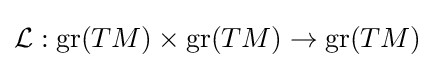
{\mathcal {L}}:\mathrm {gr} (TM)\times \mathrm {gr} (TM)\to \mathrm {gr} (TM)